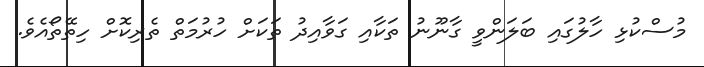
މުސްކުޅި ހާލުގައި ބަލަންވީ ގާނޫނު ތަކާއި ގަވާއިދު ތަކަށް ހުރުމަތް ތެރިކޮށް ހިތޭތޯއެވެ.